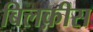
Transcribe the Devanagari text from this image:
बिलक़ीस